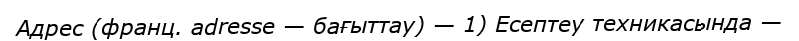
Адрес (франц. adresse — бағыттау) — 1) Есептеу техникасында —